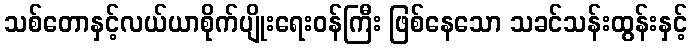
သစ်တောနှင့်လယ်ယာစိုက်ပျိုးရေးဝန်ကြီး ဖြစ်နေသော သခင်သန်းထွန်းနှင့်